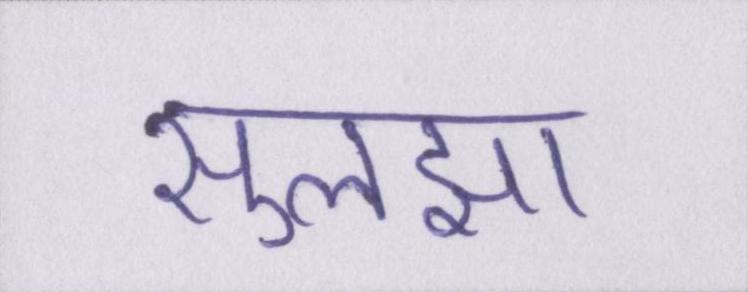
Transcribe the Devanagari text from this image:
सुलझा